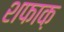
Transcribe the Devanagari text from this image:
शफाक़